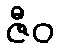
ဇီဝ